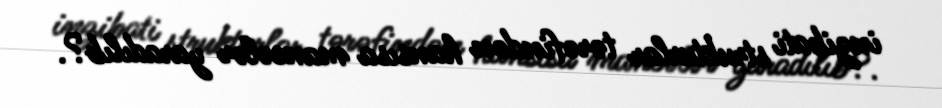
inzibati strukturlar tərəfindən hansısa maneələr yaradılıb?.